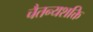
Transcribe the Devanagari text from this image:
चैतन्यशक्ति